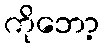
ကိုဘော့